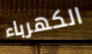
الكهرباء